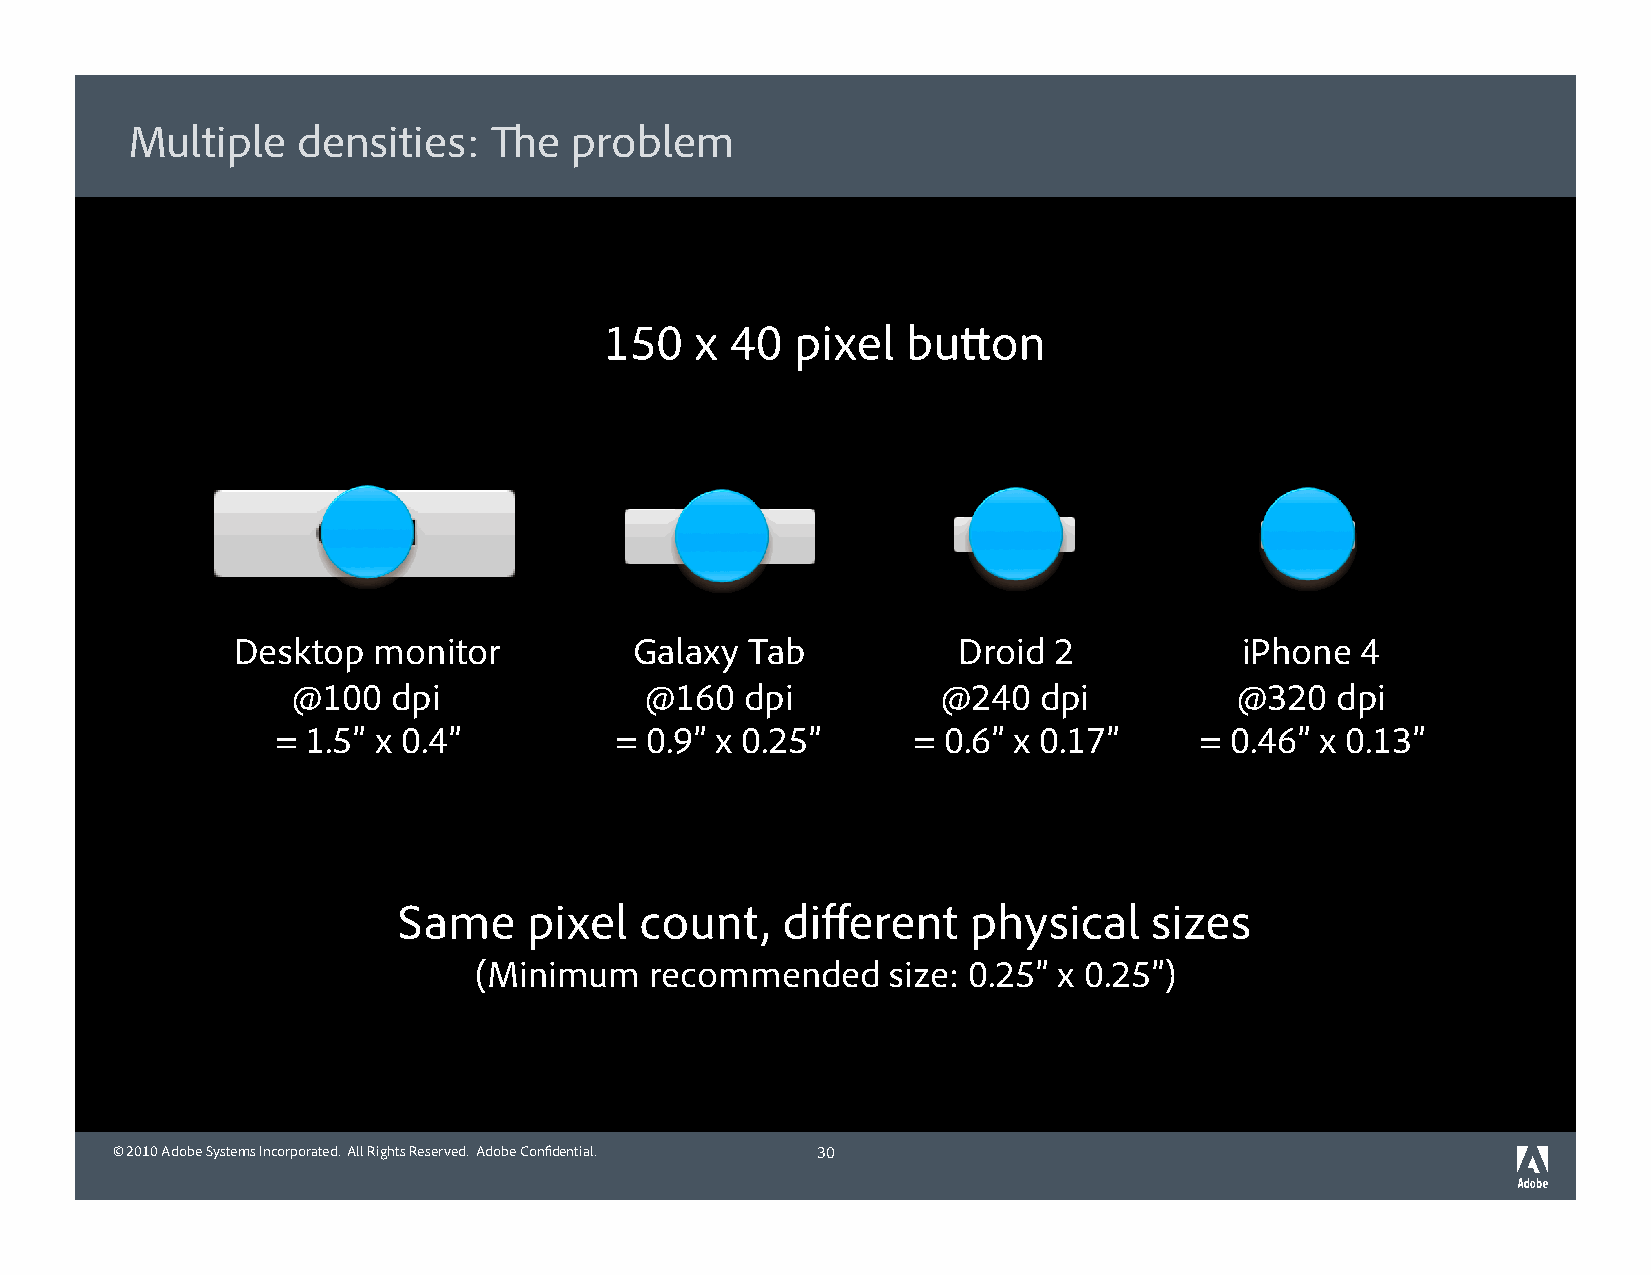
Multiple    densities:  The   problem
 150   x 40   pixel  button
 Desktop   monitor          Galaxy  Tab          Droid  2           iPhone  4
 @100   dpi              @160  dpi          @240   dpi          @320  dpi
 = 1.5” x 0.4”          = 0.9” x 0.25”     = 0.6” x 0.17”     = 0.46” x 0.13”
 Same     pixel  count,    different   physical    sizes
 (Minimum    recommended     size: 0.25” x 0.25”)
 © 2010 Adobe Systems Incorporated. All Rights Reserved. Adobe Confidential. 30